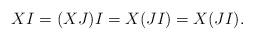
LaTeX: \begin{align*}XI=(XJ)I=X(JI)=X(JI).\end{align*}